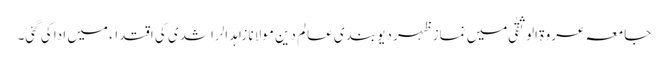
جامعہ عروۃ الوثقیٰ میں نماز ظہر دیو بندی عالم دین مولانا زاہد الراشدی کی اقتداء میں ادا کی گئی۔